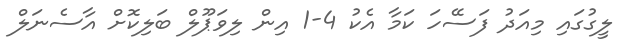
ލީގުގައި މިއަދު ފަސޭހަ ކަމާ އެކު 4-1 އިން ލިވަޕޫލް ބަލިކޮށް އާސެނަލް